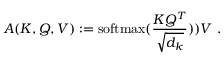
A ( K , Q , V ) : = \mathrm { s o f t m a x } ( \frac { K Q ^ { T } } { \sqrt { d _ { k } } } ) ) V ~ .